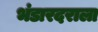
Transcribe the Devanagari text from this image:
भंडारदराला